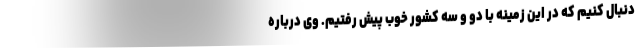
دنبال کنیم که در این زمینه با دو و سه کشور خوب پیش رفتیم. وی درباره